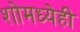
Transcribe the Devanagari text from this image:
शोमध्येही